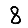
Digit: 8